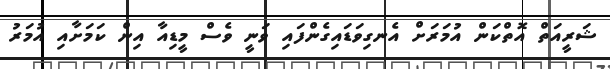
ޝަރީއަތް އޮތްކަން އުމަރަށް އެނގިވަޑައިގެންފައި ވަނީ ވެސް މީޑިއާ އިން ކަމަށާއި އުމަރު